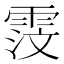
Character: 𫕦